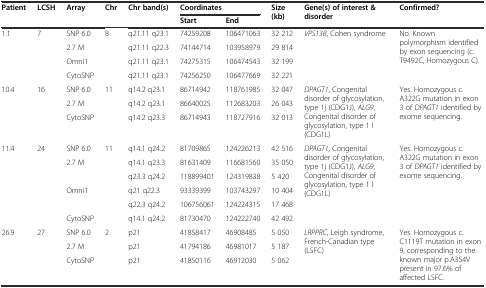
<table><thead><tr><td rowspan="2"><b>Patient</b></td><td rowspan="2"><b>LCSH</b></td><td rowspan="2"><b>Array</b></td><td rowspan="2"><b>Chr</b></td><td rowspan="2"><b>Chr band(s)</b></td><td colspan="2"><b>Coordinates</b></td><td rowspan="2"><b>Size (kb)</b></td><td rowspan="2"><b>Gene(s) of interest &amp; disorder</b></td><td rowspan="2"><b>Confirmed?</b></td></tr><tr><td><b>Start</b></td><td><b>End</b></td></tr></thead><tbody><tr><td rowspan="4">1.1</td><td rowspan="4">7</td><td>SNP 6.0</td><td rowspan="4">8</td><td>q21.11 q23.1</td><td>74259208</td><td>106471063</td><td>32 212</td><td rowspan="4"><i>VPS13B</i>, Cohen syndrome</td><td rowspan="4">No. Known polymorphism identified by exon sequencing (c.T9492C, Homozygous C).</td></tr><tr><td>2.7 M</td><td>q21.11 q22.3</td><td>74144714</td><td>103958979</td><td>29 814</td></tr><tr><td>Omni1</td><td>q21.11 q23.1</td><td>74275315</td><td>106474543</td><td>32 199</td></tr><tr><td>CytoSNP</td><td>q21.11 q23.1</td><td>74256250</td><td>106477669</td><td>32 221</td></tr><tr><td rowspan="3">10.4</td><td rowspan="3">16</td><td>SNP 6.0</td><td rowspan="3">11</td><td>q14.2 q23.1</td><td>86714942</td><td>118761985</td><td>32 047</td><td rowspan="3"><i>DPAGT1</i>, Congenital disorder of glycosylation, type 1j (CDG1J), <i>ALG9</i>, Congenital disorder of glycosylation, type 1 l (CDG1L)</td><td rowspan="3">Yes. Homozygous c.A322G mutation in exon 3 of <i>DPAGT1</i> identified by exome sequencing.</td></tr><tr><td>2.7 M</td><td>q14.2 q23.1</td><td>86640025</td><td>112683203</td><td>26 043</td></tr><tr><td>CytoSNP</td><td>q14.2 q23.3</td><td>86714943</td><td>118727916</td><td>32 013</td></tr><tr><td rowspan="6">11.4</td><td rowspan="6">24</td><td>SNP 6.0</td><td rowspan="6">11</td><td>q14.1 q24.2</td><td>81709865</td><td>124226213</td><td>42 516</td><td rowspan="6"><i>DPAGT1</i>, Congenital disorder of glycosylation, type 1j (CDG1J), <i>ALG9</i>, Congenital disorder of glycosylation, type 1 l (CDG1L)</td><td rowspan="6">Yes. Homozygous c.A322G mutation in exon 3 of <i>DPAGT1</i> identified by exome sequencing.</td></tr><tr><td>2.7 M</td><td>q14.1 q23.3</td><td>81631409</td><td>116681560</td><td>35 050</td></tr><tr><td></td><td>q23.3 q24.2</td><td>118899401</td><td>124319838</td><td>5 420</td></tr><tr><td>Omni1</td><td>q21 q22.3</td><td>93339399</td><td>103743297</td><td>10 404</td></tr><tr><td></td><td>q22.3 q24.2</td><td>106756061</td><td>124224315</td><td>17 468</td></tr><tr><td>CytoSNP</td><td>q14.1 q24.2</td><td>81730470</td><td>124222740</td><td>42 492</td></tr><tr><td rowspan="3">26.9</td><td rowspan="3">27</td><td>SNP 6.0</td><td rowspan="3">2</td><td>p21</td><td>41858417</td><td>46908485</td><td>5 050</td><td rowspan="3"><i>LRPPRC</i>, Leigh syndrome, French-Canadian type (LSFC)</td><td rowspan="3">Yes. Homozygous c.C1119T mutation in exon 9, corresponding to the known major p.A354V present in 97.6% of affected LSFC.</td></tr><tr><td>2.7 M</td><td>p21</td><td>41794186</td><td>46981017</td><td>5 187</td></tr><tr><td>CytoSNP</td><td>p21</td><td>41850116</td><td>46912030</td><td>5 062</td></tr></tbody></table>